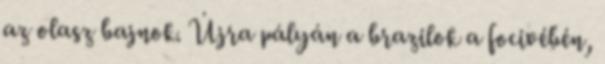
az olasz bajnok. Újra pályán a brazilok a focivébén,